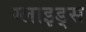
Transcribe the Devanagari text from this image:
ग्लाइड्स